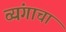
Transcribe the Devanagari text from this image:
व्यंगाचा